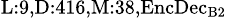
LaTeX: _{\textrm{L}:9,\textrm{D}:416,\textrm{M}:38,\textrm{EncDec}_{\textrm{B}2}}